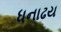
ધનાઢય